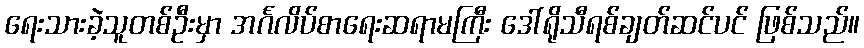
ရေးသားခဲ့သူတစ်ဦးမှာ အင်္ဂလိပ်စာရေးဆရာမကြီး ဒေါ်ရိုသီရစ်ချတ်ဆင်ပင် ဖြစ်သည်။